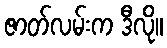
ဇာတ်လမ်းက ဒီလို။